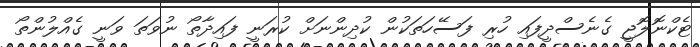
ޓެކްނޮލޮޖީ ގެނެސްދީފައި ހުރި ފަސޭހަތަކުން ކުދިންނަށް ކުރަނީ ފައިދާތޯ ނުވަތަ ވަނީ ގެއްލުންތޯ